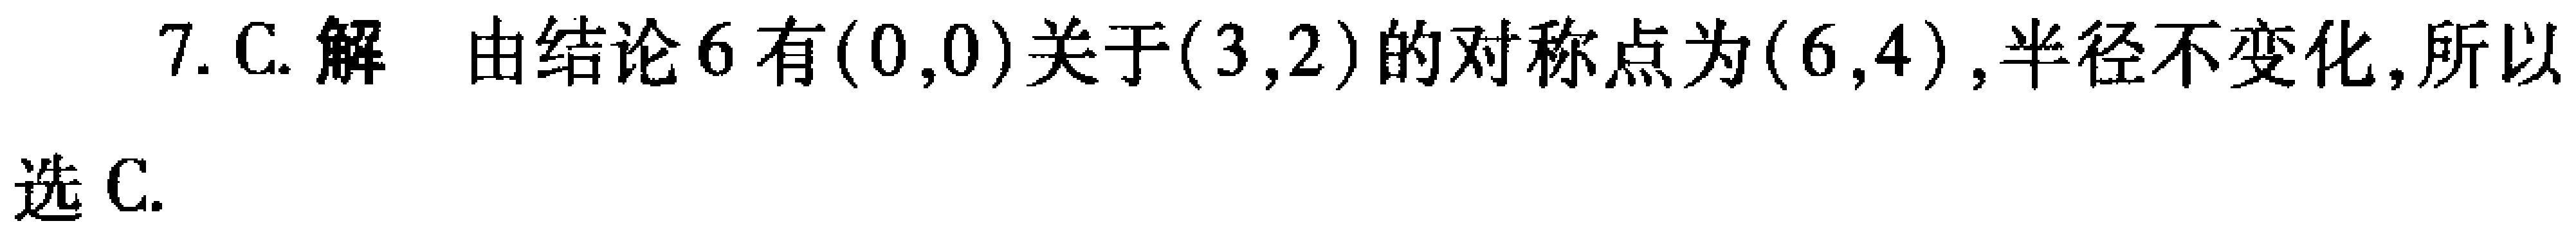
7. C. 解 由结论 6 有\((0,0)\)关于\((3,2)\)的对称点为\((6,4)\),半径不变化,所以
选 C.